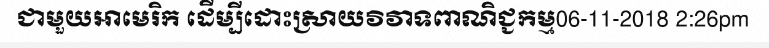
ជាមួយអាមេរិក ដើម្បីដោះស្រាយវិវាទពាណិជ្ជកម្ម06-11-2018 2:26pm